King Institute of Preventive Medicine Micro-Biological Section reports 1909-11
Year: 1909
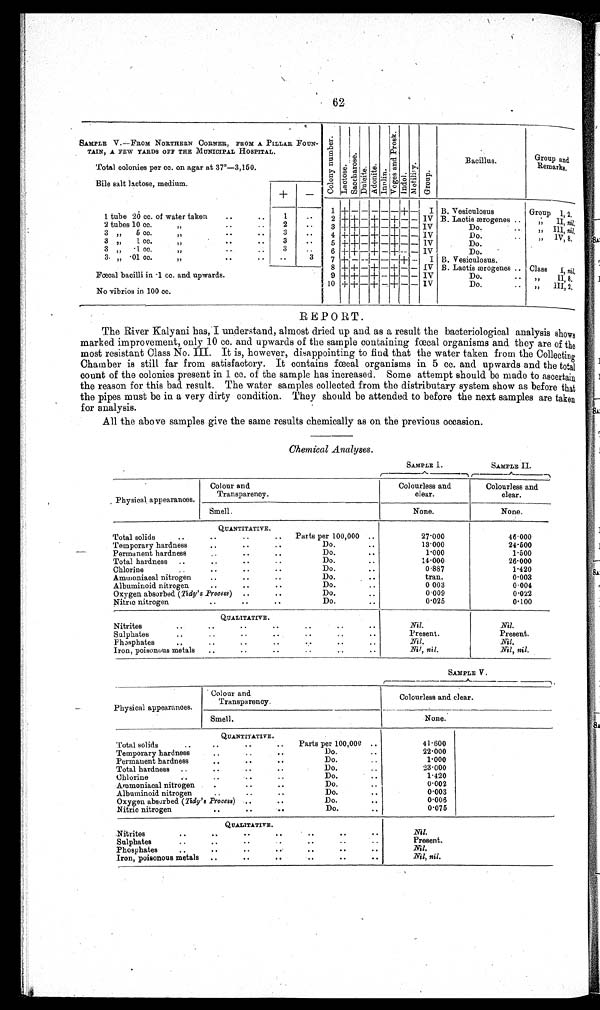
62
SAM PLE V.—FROM NORTHERN CORNER, FROM A PILLAR FOUN -
TAIN, A FEW YARDS OFF THE MUNICIPAL HOSPITAL.
C o l o n y n u m b e r .
L a c t o s e .
S a c c h a r o s e . D u l c i t e . A d o n i t e . I n u l i n .
V o g e s a n d P r o s k .
I n d o l .
M o t i l i t y .
G r o u p .
Bacillus.
Group and
Remarks.
Total colonies per cc. on agar at 37°—3,150.
Bile salt lactose, medium.
+
-
1 + - - - - - + - I B. Vesiculosus
Gro u p
I , 2 .
1 tube 20 cc. cc. of water taken ..
.. 1
. . 2 + + - + - + -- - IV B. Lactis
ærogenes ..
" I I ,n
i l.
2 tubes 1 0 c c .
" ..
. .
2
. . 3 + + - + - + - - IV
Do.
..
" II,n i l .
3 „ 5 cc.
"
. .
. . 3
. . 4 + + - + - + - - IV
Do.
..
"
" I I I ,
n i l .
3 „ 1 cc.
"
. .
. . 3
. . 5 + + - + - + - - IV
Do.
..
"
" I V , 8 .
3 " -1 cc.
"
..
. .
3
. . 6 + + - + - + - - IV
Do.
3 " -01 cc.
"
. .
. .
. .
3 7 + - - - - - + - I B. B.Vesiculosus.
Fœcal bacilli in -1 cc. and upwards.
8 + +- + - + - - I V
B . L a c t i
s æ r o g e n e s .
. .
C l a s s
I ,
n i l .
9 + + - + -- + - -- IV
Do.
..
" I I , 8 .
No vibrios in 100 cc.
10 + + - + - + - - IV
Do.
.. "
" I I I , 2 .
REPORT.
The River Kalyani has, I understand, almost dried up and as a result the bacteriological analysis shows
marked improvement, only 10 cc. and upwards of the sample containing fœcal organisms and they are of the
most resistant Class No. III. It is, however, disappointing to find that the water taken from the Collecting
Chamber is still far from satisfactory. It contains fœcal organisms in 5 cc. and upwards and the total
count of the colonies present in 1 cc. of the sample has increased. Some attempt should be made to ascertain
the reason for this bad result. The water samples collected from the distributary system show as before that
the pipes must be in a very dirty condition. They should be attended to before the next samples are taken
for analysis.
All the above samples give the same results chemically as on the previous occasion.
Chemical Analyses.
SAMPLE I .
SAMPLE II.
Physical appearances.
Colour and
Transparency.
Colourless and
clear.
Colourless and
clear.
Smell.
None.
None.
QUANTITATIVE.
.
.
Total solids
..
..
.. ..
Parts per 100,000 ..
27.000
46.000
Temporary hardness
..
..
..
Do.
..
13.000
24.500
Permanent hardness
..
..
..
Do.
..
1.000
1.500
Total hardness
. .
. .
..
..
Do.
..
14.000
26.000
Chlorine
..
. . . .
. .
Do.
..
0.887
1.420
Ammoniacal nitrogen ..
..
. .
Do.
..
tran.
0.003
Albuminoid nitrogen
. .
. .
. .
Do.
..
0 003
0.004
Oxygen absorbed (Tidy's Process) ..
..
Do.
..
0.009
0.022
Nitric nitrogen
.. .. ..
Do.
..
0.025
0.100
QUALITATIVE.
..
. .
Nitrites
..
..
..
..
.. ..
..
Nil.
Nil.
..
... ,
Sulphates
. . . . . . . . . . . .
..
Present.
Present.
Phosphates
..
.. .. .. .. .. ..
Nil.
Nil.
Iron, poisonous metals .. .. .. .. .. ..
Nil, nil.
Nil, nil.
SAMPLE V.
Physical appearances.
Colour and
Transparency.
Colourless and clear.
Smell.
None.
QUANTITATIVE.
..
Total solids
..
..
..
.. Parts per 100,000 ..
4 1 . 6 0 0
Temporary hardness
..
..
..
Do.
..
22.000
Permanent hardness
.. .. ..
Do.
..
1.000
Total hardness ..
..
..
..
Do.
..
23.000
Chlorine
..
. .
. .
..
Do.
..
1 . 4 2 0
Ammoniacal nitrogen .. .. ..
Do.
..
0.002
Albuminoid nitrogen
..
. .
..
Do.
..
0.003
Oxygen absorbed (Tidy's Process) .. ..
Do.
..
0.006
Nitric nitrogen .. .. ..
Do.
..
0.075
QUALITATIVE.
Nitrites
..
.. .. .. ..
..
..
Nil.
Sulphates
..
..
..
.. .. .. ..
Present.
Phosphates
..
..
..
.. ..
..
..
Nil.
Iron, poisonous metals ..
..
.. .. .. ..
Nil, nil.